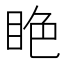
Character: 𥅺